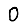
Digit: 0